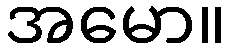
အမော။